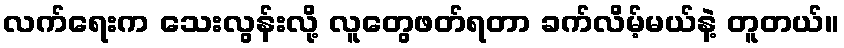
လက်ရေးက သေးလွန်းလို့ လူတွေဖတ်ရတာ ခက်လိမ့်မယ်နဲ့ တူတယ်။